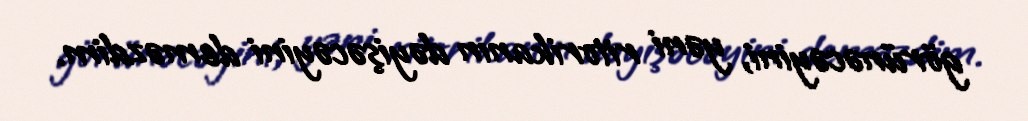
görünəcəyini, yəni ritorikanın dəyişəcəyini deməzdim.